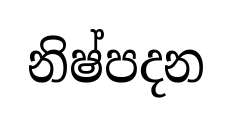
නිෂ්පදන